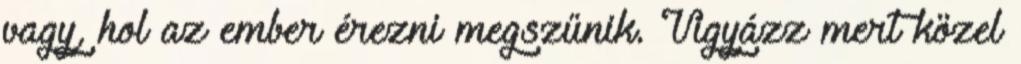
vagy, hol az ember érezni megszűnik. Vigyázz mert közel